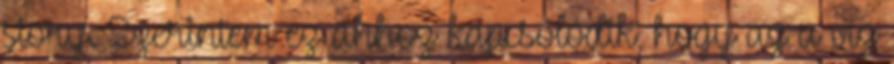
story. Szerintem ez ahhoz kapcsolódik, hogy az a víz